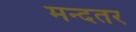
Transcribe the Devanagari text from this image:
मन्दतर